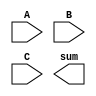
module carry_save_adder (
    input [3:0] A, // First 4-bit operand
    input [3:0] B, // Second 4-bit operand
    input [3:0] C, // Third 4-bit operand
    output [4:0] sum // Final output sum (5 bits to accommodate carry)
);

    // Intermediate signals for sum and carry
    wire [3:0] S0, S1, C0, C1;

    // Row 0: Half adder for bits 0
    assign S0[0] = A[0] ^ B[0]; // Sum of LSBs
    assign C0[0] = A[0] & B[0]; // Carry from LSBs

    // Full adder for bit 0 (adding C)
    assign S1[0] = S0[0] ^ C[0]; // Sum of bit 0
    assign C0[1] = C[0] & S0[0]; // Carry from bit 0
    assign C1[0] = C0[0]; // Carry for next full adder

    // Row 1: Full adder for bits 1
    assign S0[1] = A[1] ^ B[1]; // First half adder for bits 1
    assign C0[1] = A[1] & B[1]; // Carry from bits 1

    // Full adder for bit 1
    assign S1[1] = S0[1] ^ C1[0]; // Sum of bit 1
    assign C0[2] = C1[0] & S0[1]; // Carry from bit 1
    assign C1[1] = C0[1]; // Carry for next full adder

    // Row 2: Full adder for bits 2
    assign S0[2] = A[2] ^ B[2]; // First half adder for bits 2
    assign C0[2] = A[2] & B[2]; // Carry from bits 2

    // Full adder for bit 2
    assign S1[2] = S0[2] ^ C1[1]; // Sum of bit 2
    assign C0[3] = C1[1] & S0[2]; // Carry from bit 2
    assign C1[2] = C0[2]; // Carry for next full adder

    // Row 3: Full adder for bits 3
    assign S0[3] = A[3] ^ B[3]; // First half adder for bits 3
    assign C0[3] = A[3] & B[3]; // Carry from bits 3

    // Full adder for bit 3
    assign S1[3] = S0[3] ^ C1[2]; // Sum of bit 3
    assign C0[4] = C1[2] & S0[3]; // Carry from bit 3

    // Final Sum Calculation
    assign sum = {C0[4], S1[3], S1[2], S1[1], S1[0]} + {1'b0, C0[3], C0[2], C0[1], C0[0]};

endmodule